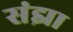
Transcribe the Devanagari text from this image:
संझा